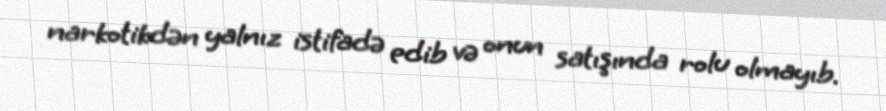
narkotikdən yalnız istifadə edib və onun satışında rolu olmayıb.